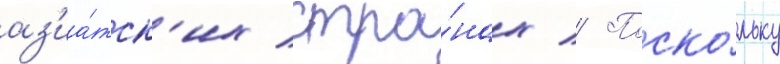
аз'иа́тск'их стра́нах // Поско́льку